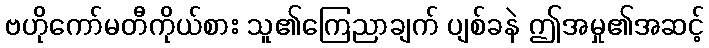
ဗဟိုကော်မတီကိုယ်စား သူ၏ကြေညာချက် ပျစ်ခနဲ ဤအမှု၏အဆင့်